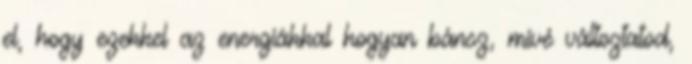
el, hogy ezekkel az energiákkal hogyan bánsz, mivé változtatod,